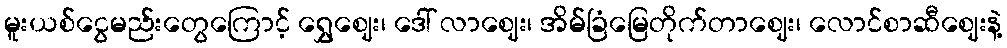
မူးယစ်ငွေမည်းတွေကြောင့် ရွှေဈေး၊ ဒေါ် လာဈေး၊ အိမ်ခြံမြေတိုက်တာဈေး၊ လောင်စာဆီဈေးနဲ့